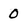
Character: 0